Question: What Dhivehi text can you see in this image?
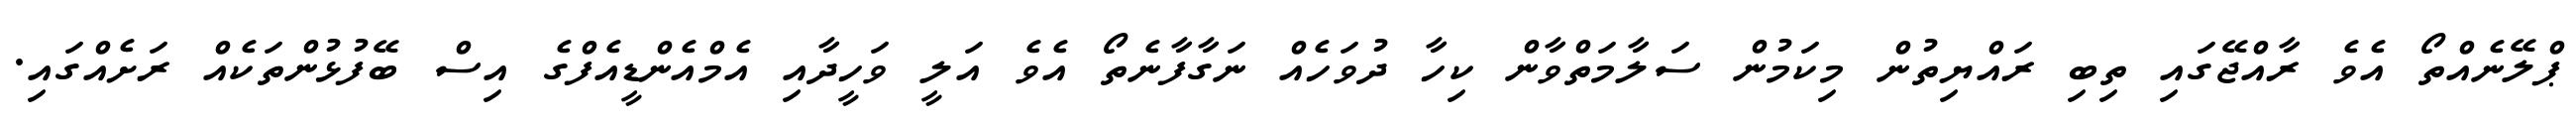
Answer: ޕްލޭނެއްތޯ އެވެ ރާއްޖޭގައި ތިބި ރައްޔިތުން މިކަމުން ސަލާމަތްވާން ކިހާ ދުވަހެއް ނަގާފާނެތޯ އެވެ އަލީ ވަހީދާއި އެމްއެންޑީއެފްގެ އިސް ބޭފުޅުންތަކެއް ރަށެއްގައި.